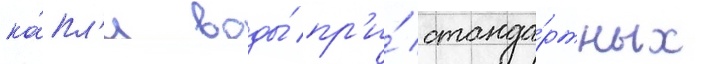
ка́пл'и воды́ пр'и́ станда́ртных